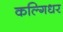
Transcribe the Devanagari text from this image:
कल्गिधर